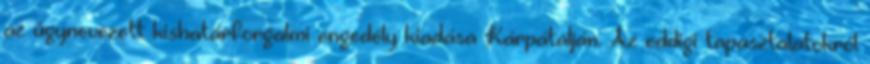
az úgynevezett kishatárforgalmi engedély kiadása Kárpátalján. Az eddigi tapasztalatokról